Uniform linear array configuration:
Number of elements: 24
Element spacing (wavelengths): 0.75
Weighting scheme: uniform
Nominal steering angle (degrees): -60
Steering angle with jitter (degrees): -61.162
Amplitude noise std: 0.05
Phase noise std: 0.05

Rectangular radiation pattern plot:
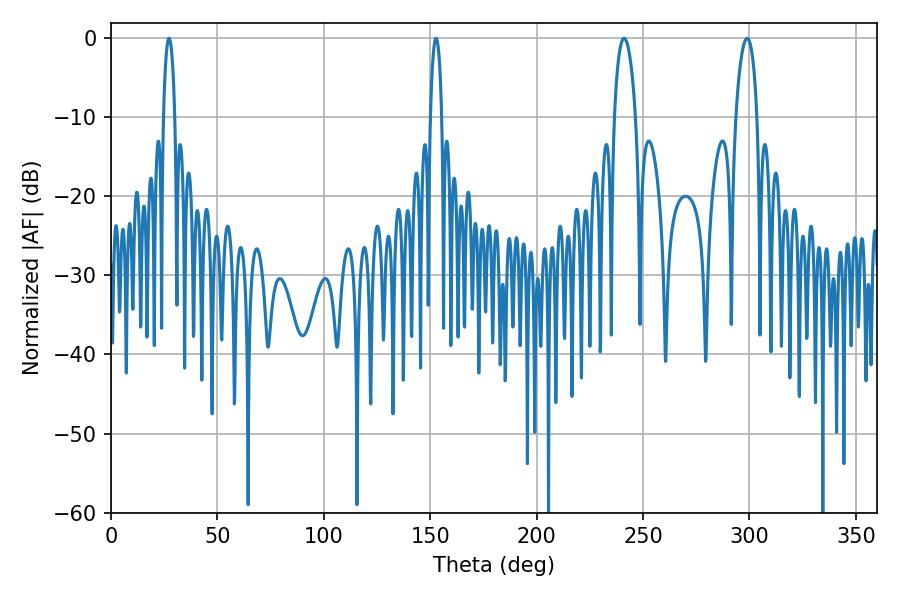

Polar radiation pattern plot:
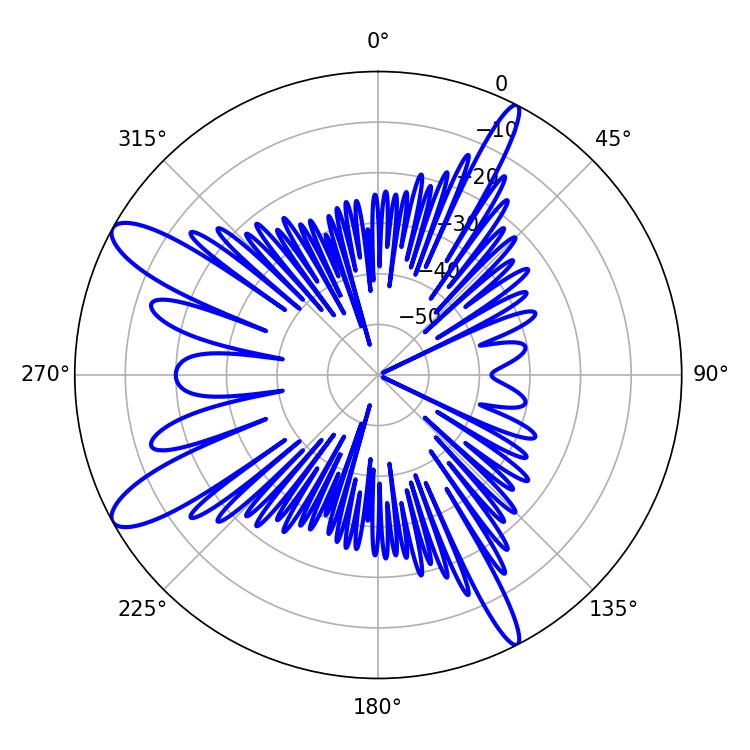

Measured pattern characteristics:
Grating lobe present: TRUE
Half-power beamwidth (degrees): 5.76
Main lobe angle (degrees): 241.02